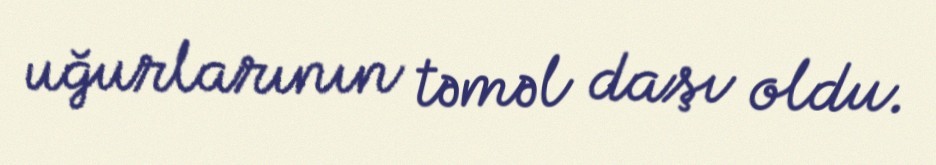
uğurlarının təməl daşı oldu.